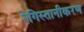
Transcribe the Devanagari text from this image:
रेगिस्तानीकरण